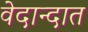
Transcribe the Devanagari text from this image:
वेदान्दात